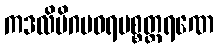
ကဒလိမိဂပဝရပစ္စတ္ထရဏေ